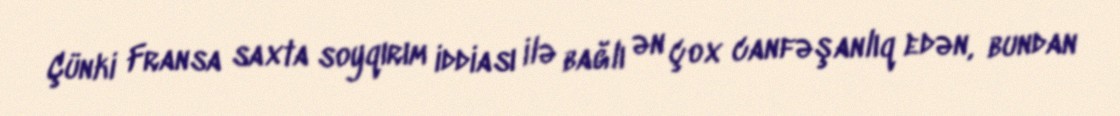
Çünki Fransa saxta soyqırım iddiası ilə bağlı ən çox canfəşanlıq edən, bundan